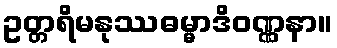
ဥတ္တရိမနုဿဓမ္မာဒိဝဏ္ဏနာ။